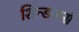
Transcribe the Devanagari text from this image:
शिन्डलर्स